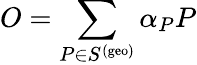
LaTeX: O=\sum_{P\in S^{\mathrm{(geo)}}}\alpha_{P}P